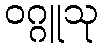
ဝဂ္ဂူသု